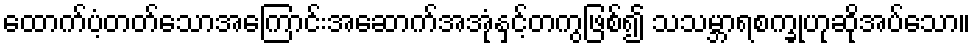
ထောက်ပံ့တတ်သောအကြောင်းအဆောက်အအုံနှင့်တကွဖြစ်၍ သသမ္ဘာရစက္ခုဟုဆိုအပ်သော။